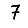
Digit: 7